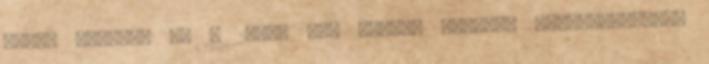
CXII. törvény és a 2009. évi CXXII. törvény "Takarékossági